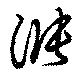
漲